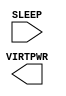
/**
 * Copyright 2020 The SkyWater PDK Authors
 *
 * Licensed under the Apache License, Version 2.0 (the "License");
 * you may not use this file except in compliance with the License.
 * You may obtain a copy of the License at
 *
 *     https://www.apache.org/licenses/LICENSE-2.0
 *
 * Unless required by applicable law or agreed to in writing, software
 * distributed under the License is distributed on an "AS IS" BASIS,
 * WITHOUT WARRANTIES OR CONDITIONS OF ANY KIND, either express or implied.
 * See the License for the specific language governing permissions and
 * limitations under the License.
 *
 * SPDX-License-Identifier: Apache-2.0
 */

`ifndef SKY130_FD_SC_LP__SLEEP_SERGATE_PLV_BLACKBOX_V
`define SKY130_FD_SC_LP__SLEEP_SERGATE_PLV_BLACKBOX_V

/**
 * sleep_sergate_plv: connect vpr to virtpwr when not in sleep mode.
 *
 * Verilog stub definition (black box without power pins).
 *
 * WARNING: This file is autogenerated, do not modify directly!
 */

`timescale 1ns / 1ps
`default_nettype none

(* blackbox *)
module sky130_fd_sc_lp__sleep_sergate_plv (
    VIRTPWR,
    SLEEP
);

    output VIRTPWR;
    input  SLEEP  ;

    // Voltage supply signals
    supply1 VPWR;
    supply1 VPB ;
    supply0 VNB ;

endmodule

`default_nettype wire
`endif  // SKY130_FD_SC_LP__SLEEP_SERGATE_PLV_BLACKBOX_V